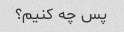
پس چه کنیم؟